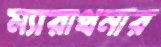
ম্যারাথনার